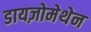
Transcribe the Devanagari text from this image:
डायज़ोमेथेन